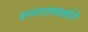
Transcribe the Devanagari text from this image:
राजासबाईने